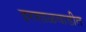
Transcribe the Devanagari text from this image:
इरशाळवाडीत